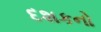
દશકનો